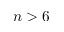
n > 6